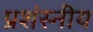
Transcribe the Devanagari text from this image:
प्रशंस्नीय